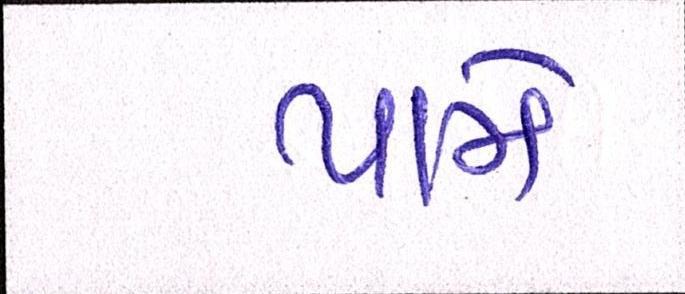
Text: પામે